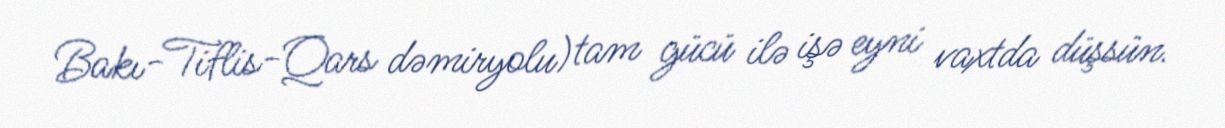
Bakı-Tiflis-Qars dəmiryolu) tam gücü ilə işə eyni vaxtda düşsün.